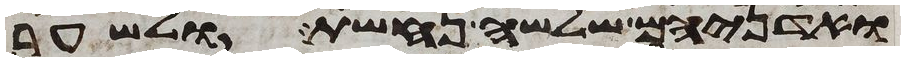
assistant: ואדניהם שלשה נחשת ולשער